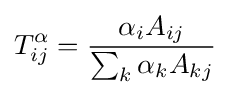
T_{ij}^{\alpha }={\frac {\alpha _{i}A_{ij}}{\sum _{k}\alpha _{k}A_{kj}}}